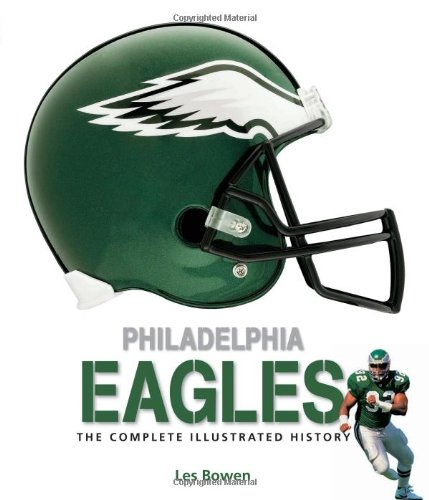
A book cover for Philadelphia Eagles: The Complete Illustrated History; Les Bowen; Travel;